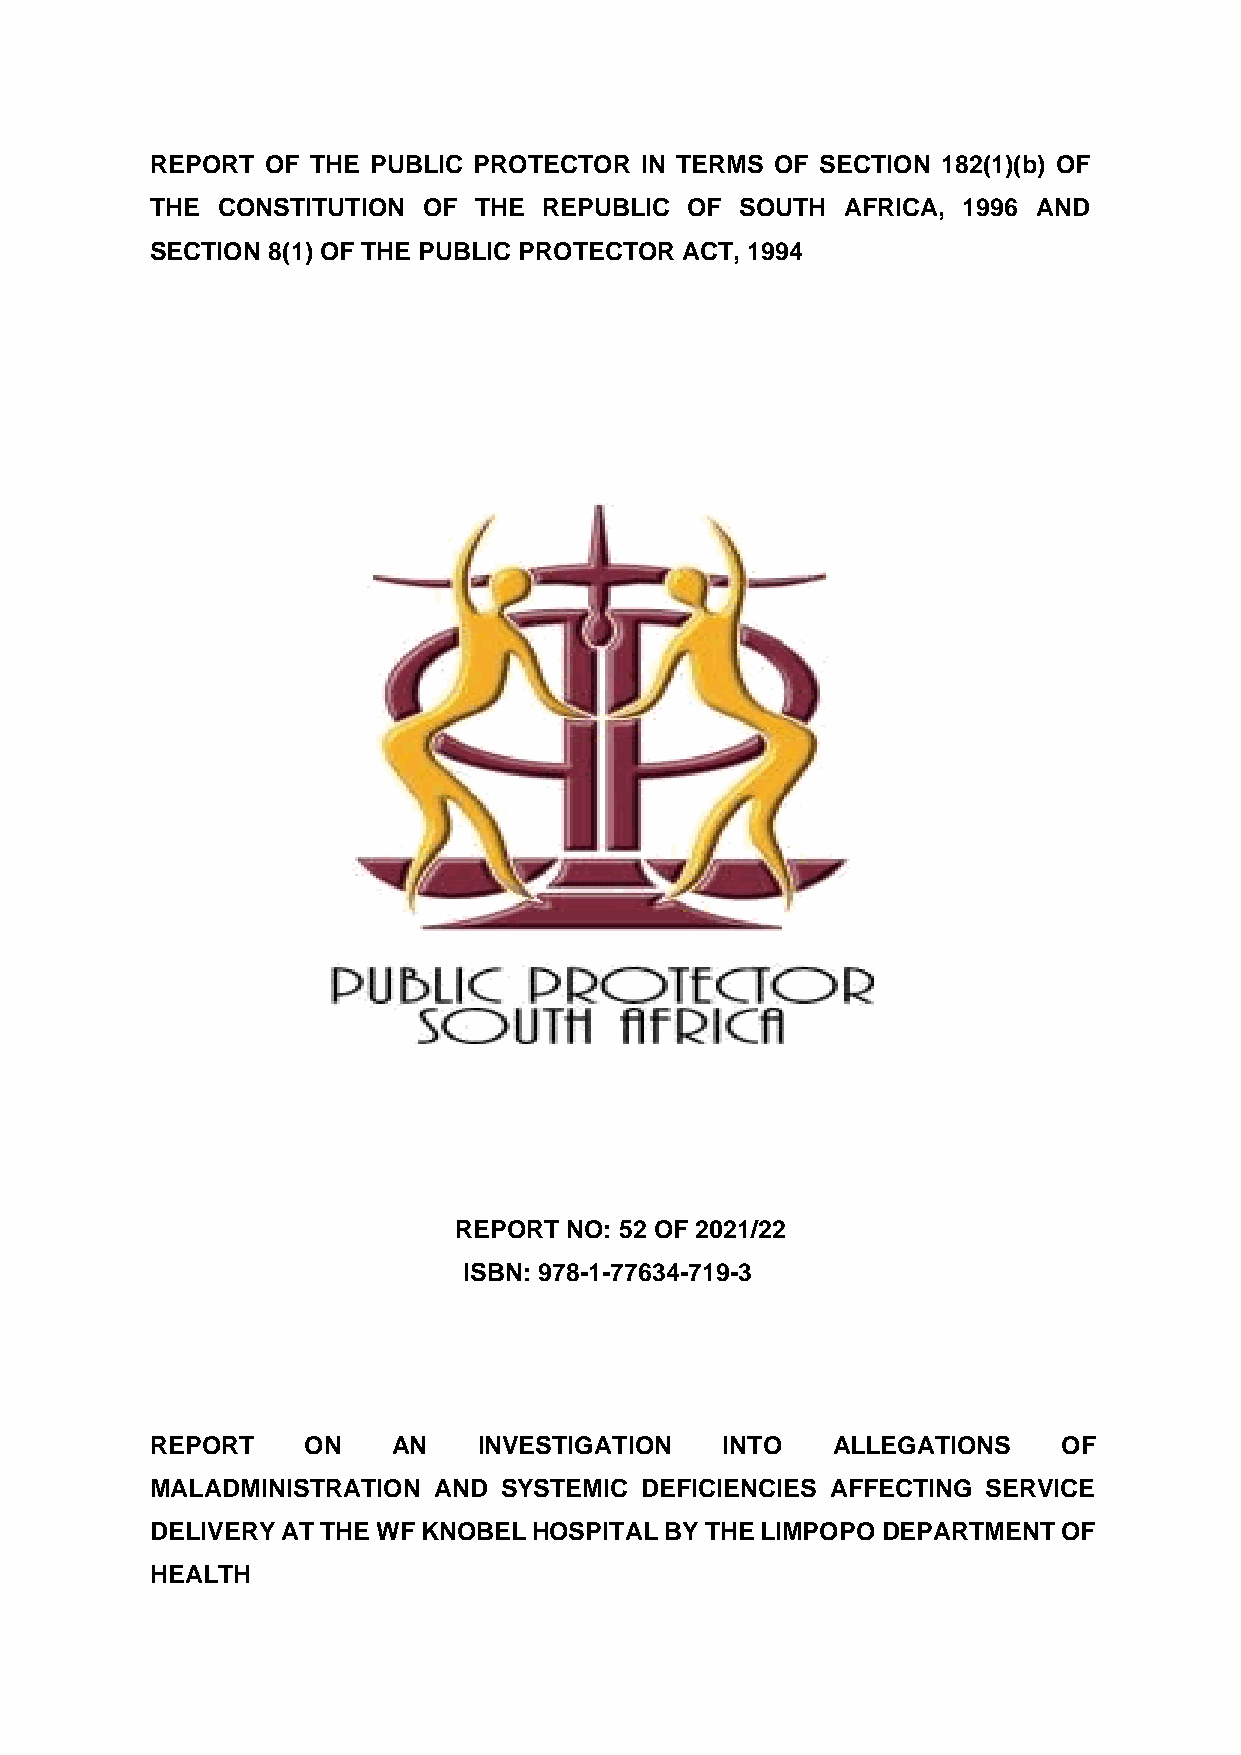
REPORT  OF THE PUBLIC PROTECTOR IN TERMS OF SECTION 182(1)(b) OF
 THE CONSTITUTION  OF THE  REPUBLIC OF  SOUTH  AFRICA, 1996 AND
 SECTION 8(1) OF THE PUBLIC PROTECTOR ACT, 1994
 REPORT NO: 52 OF 2021/22
 ISBN: 978-1-77634-719-3
 REPORT    ON    AN    INVESTIGATION   INTO   ALLEGATIONS    OF
 MALADMINISTRATION  AND SYSTEMIC DEFICIENCIES AFFECTING SERVICE
 DELIVERY AT THE WF KNOBEL HOSPITAL BY THE LIMPOPO DEPARTMENT OF
 HEALTH